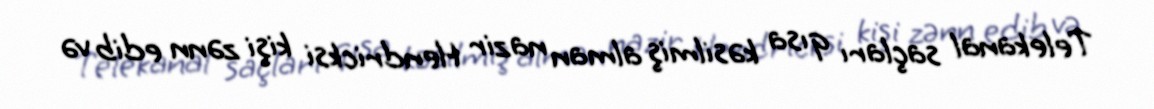
Telekanal saçları qısa kəsilmiş alman nazir Hendricksi kişi zənn edib və